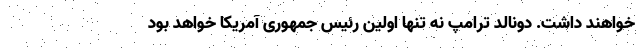
خواهند داشت. دونالد ترامپ نه تنها اولین رئیس جمهوری آمریکا خواهد بود